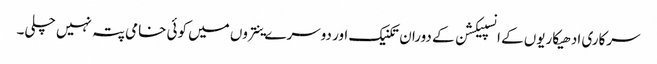
سرکاری ادھیکاریوں کے انسپیکشن کے دوران تکنیک اور دوسرے ینتروں میں کوئی خامی پتہ نہیں چلی۔